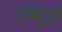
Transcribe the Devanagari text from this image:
एब्युज़